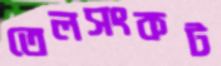
তেলসংকট